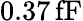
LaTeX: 0.37\, \mathrm{fF}